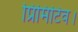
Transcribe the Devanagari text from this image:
प्रिमिटिव।